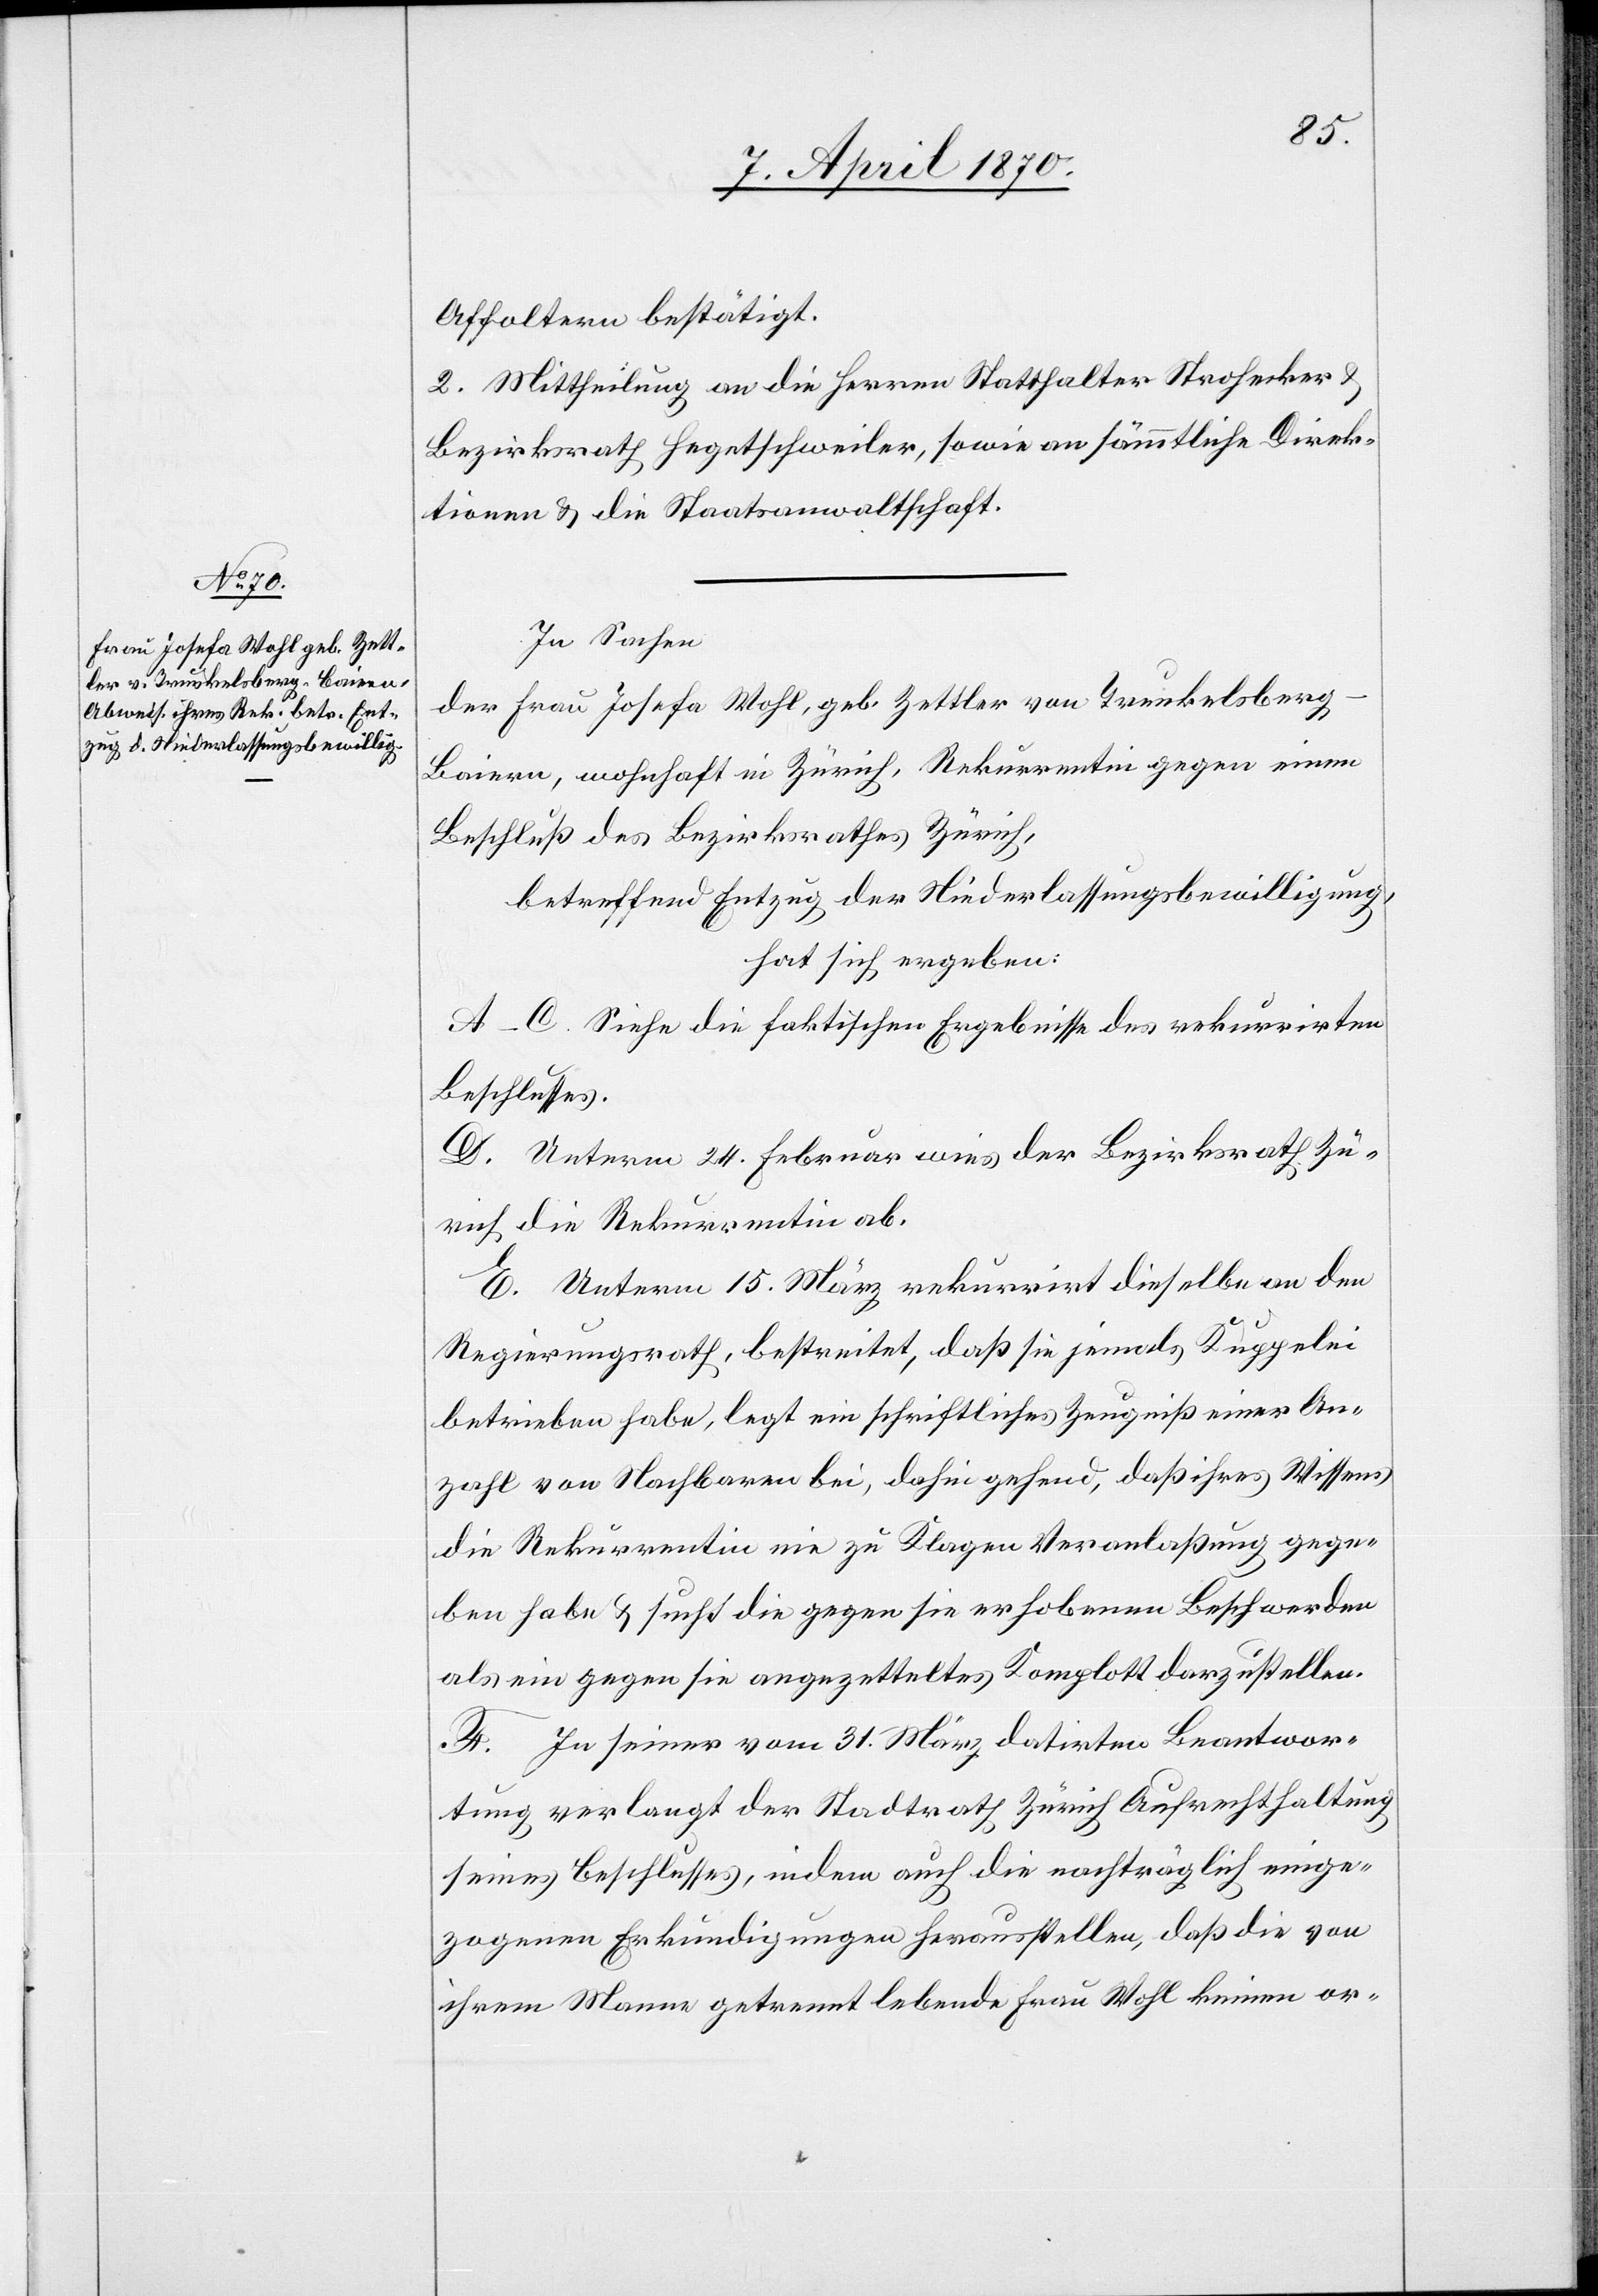
Affoltern bestätigt.
2. Mittheilung an die Herren Statthalter Strohecker &
Bezirksrath Hegetschweiler, sowie an sämmtliche Direk¬
tionen & die Staatsanwaltschaft.
In Sachen
der Frau Josefa Wohl, geb. Zettler von Trunkelsberg
Baiern, wohnhaft in Zürich, Rekurrentin gegen einen
Beschluß des Bezirksrathes Zürich,
betreffend Entzug der Niederlassungsbewilligung,
hat sich ergeben:
A–C. Siehe die faktischen Ergebnisse des rekurrirten
Beschlusses.
D. Unterm 24. Februar wies der Bezirksrath Zü¬
rich die Rekurrentin ab.
E. Unterm 15. März rekurrirt dieselbe an den
Regierungsrath, bestreitet, daß sie jemals Kuppelei
betrieben habe, legt ein schriftliches Zeugniß einer An¬
zahl von Nachbaren bei, dahin gehend, daß ihres Wissens
die Rekurrentin nie zu Klagen Veranlaßung gege¬
ben habe & sucht die gegen sie erhobenen Beschwerden
als ein gegen sie angezetteltes Komplott darzustellen.
F. In seiner vom 31. März datirten Beantwor¬
tung verlangt der Stadtrath Zürich Aufrechthaltung
seines Beschlusses, indem auch die nachträglich einge¬
zogenen Erkundigungen herausstellen, daß die von
ihrem Manne getrennt lebende Frau Wohl keinen or-